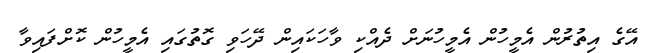
އޭގެ އިތުރުން އެމީހުން އެމީހުނަށް ދެއްކި ވާހަކައިން ދޭހަވި ގޮތުގައި އެމީހުން ކޮށްފައިވާ